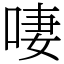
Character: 啛